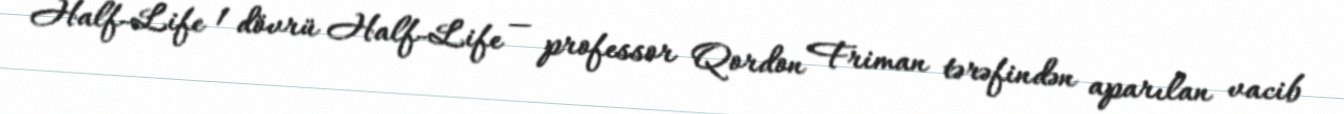
Half-Life 1 dövrü Half-Life — professor Qordon Friman tərəfindən aparılan vacib